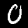
Label: 0